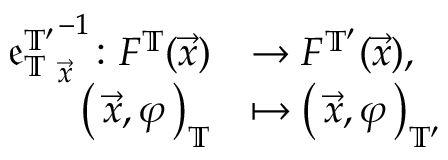
\begin{array} { r l } { { \mathfrak { e } _ { \mathbb { T } } ^ { \mathbb { T } ^ { \prime } } } _ { \vec { x } } ^ { - 1 } \colon F ^ { \mathbb { T } } ( \vec { x } ) } & { \rightarrow F ^ { \mathbb { T } ^ { \prime } } ( \vec { x } ) , } \\ { \left( \, \vec { { x } } , { \varphi } \, \right) _ { \mathbb { T } } } & { \mapsto \left( \, \vec { { x } } , { \varphi } \, \right) _ { \mathbb { T } ^ { \prime } } } \end{array}